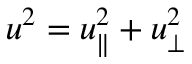
u ^ { 2 } = u _ { \parallel } ^ { 2 } + u _ { \perp } ^ { 2 }